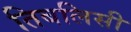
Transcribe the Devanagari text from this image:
तिबलिसी